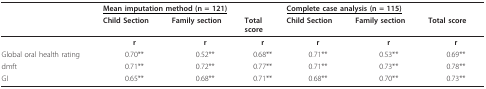
<table><thead><tr><td></td><td colspan="3"><b><underline>Mean imputation method (n = 121)</underline></b></td><td colspan="3"><b><underline>Complete case analysis (n = 115)</underline></b></td></tr><tr><td></td><td><b>Child Section</b></td><td><b>Family section</b></td><td><b>Totalscore</b></td><td><b>Child Section</b></td><td><b>Family section</b></td><td><b>Total score</b></td></tr></thead><tbody><tr><td></td><td><b>r</b></td><td><b>r</b></td><td><b>r</b></td><td><b>r</b></td><td><b>r</b></td><td><b>r</b></td></tr><tr><td>Global oral health rating</td><td>0.70**</td><td>0.52**</td><td>0.68**</td><td>0.71**</td><td>0.53**</td><td>0.69**</td></tr><tr><td>dmft</td><td>0.71**</td><td>0.72**</td><td>0.77**</td><td>0.71**</td><td>0.73**</td><td>0.78**</td></tr><tr><td>GI</td><td>0.65**</td><td>0.68**</td><td>0.71**</td><td>0.68**</td><td>0.70**</td><td>0.73**</td></tr></tbody></table>